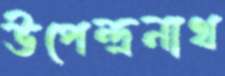
উপেন্দ্রনাথ